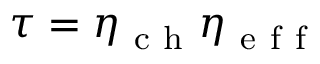
\tau = \eta _ { \mathrm { ~ c ~ h ~ } } \eta _ { \mathrm { ~ e ~ f ~ f ~ } }